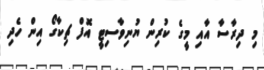
މި ދިރާސާ އާއި މީގެ ކުރިން ޔުނިވާސިޓީ އޮފް ޗިކާގޯ އިން ހެދި